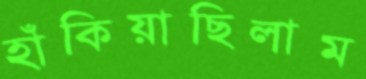
হাঁকিয়াছিলাম